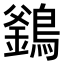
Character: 𪄇